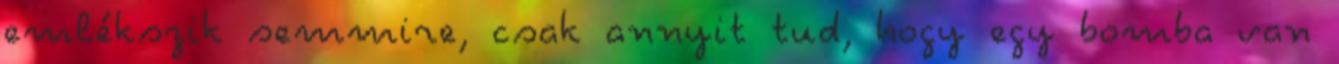
emlékszik semmire, csak annyit tud, hogy egy bomba van